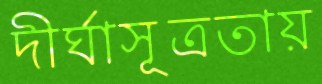
দীর্ঘাসূত্রতায়